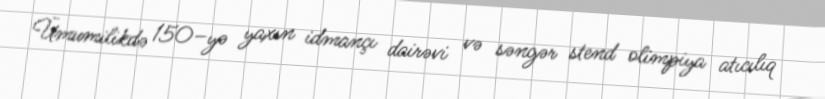
Ümumilikdə 150–yə yaxın idmançı dairəvi və səngər stend olimpiya atıcılıq